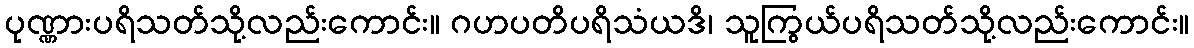
ပုဏ္ဏားပရိသတ်သို့လည်းကောင်း။ ဂဟပတိပရိသံယဒိ၊ သူကြွယ်ပရိသတ်သို့လည်းကောင်း။